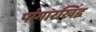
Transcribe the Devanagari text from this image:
पांगारखिंड